Civil Veterinary Department Bihar reports 1940-50 - 1940-1950
Year: 1940
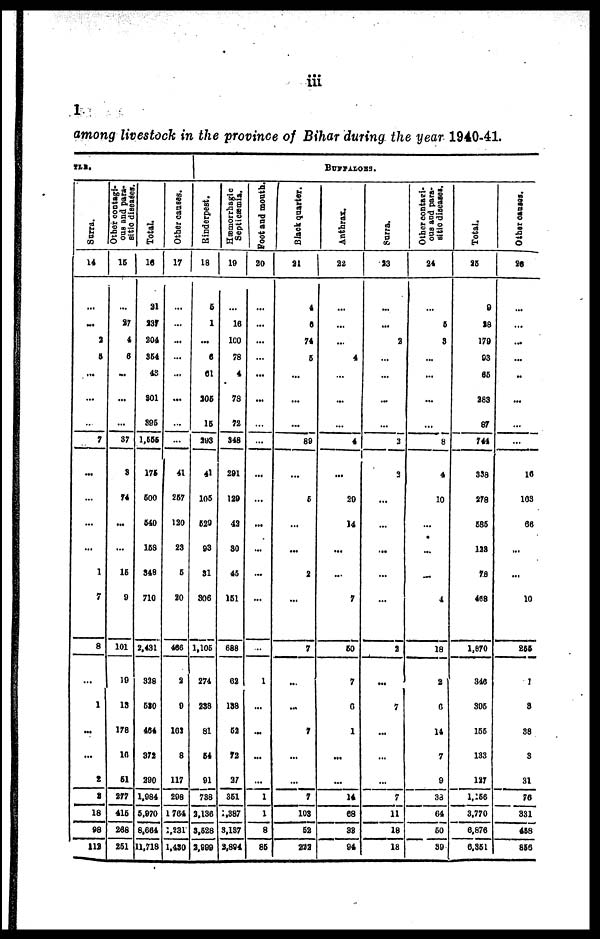
iii
1
among livestock in the province of Bihar during the year 1940-41.
TLS.
Surra.
14
…
...
2
5
...
...
…
7
...
…
…
...
1
7
8
...
1
...
...
2
2
18
98
112
Other contagi-
ous and para-
sitic diseases.
15
…
87
4
6
...
...
…
37
8
74
...
…
16
9
101
19
18
178
10
61
877
416
268
861
Total.
16
81
237
204
364
48
801
396
1,555
176
600
640
169
348
710
2,431
328
680
464
372
290
1,984
6,070
8,664
11,718
Other causes.
17
…
…
...
...
...
...
…
…
41
267
120
23
6
80
466
2
9
162
8
117
208
1764
1,231
1,430
BUFFALOES.
Rinderpest.
18
6
1
...
8
61
205
16
293
41
106
620
93
31
306
1,106
274
838
81
64
91
738
2,136
3,628
2,999
Hæmorrhagic
Septicæmia.
19
…
16
100
78
4
78
72
348
201
129
42
80
46
161
688
62
188
52
72
37
361
2,387
3,137
2,894
Foot and month.
20
…
…
…
…
...
...
…
…
…
...
...
...
...
…
…
1
...
...
...
…
1
1
8
86
Black quarter.
21
4
6
74
6
...
...
...
89
...
6
...
...
2
...
7
...
...
7
...
...
7
108
62
222
Anthrax.
22
…
...
…
4
…
...
...
4
…
20
14
...
...
7
60
7
6
1
...
...
14
68
88
94
Surra.
23
…
...
2
…
…
…
…
3
3
...
…
...
…
...
8
...
7
...
...
…
7
11
18
18
Other contagi-
ous and para-
sitic diseases.
24
…
6
8
...
...
…
...
8
4
10
...
...
…
4
18
2
6
14
7
9
3d
64
60
39
Total.
25
9
28
170
93
65
283
87
744
338
278
686
122
78
468
1,070
346
306
166
133
127
1,256
3,770
6,876
6,361
Other cases.
26
…
…
...
...
..
...
...
…
16
103
66
...
…
10
255
1
8
38
3
31
76
331
468
866